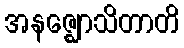
အနဇ္ဈောသိတာတိ